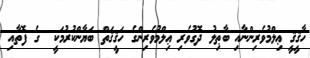
ހާޤީޤީ ޢިލްމުވެރިންނާއި ބާޠިލު ދޮގުވެރި ޢިލްމުވެރިންގެ ހަޤީޤަތް ބަޔާންކުރުމަކީ  ގެ ފޮތާއި